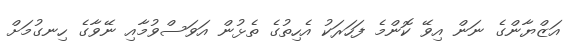
އަޒްޔާންގެ ނަން އިވޭ ކޮންމެ ފަހަރަކު އެހިތުގެ ތެޅުން އަވަސްވުމާއި ނޭވާގެ ހިނގުމަށް